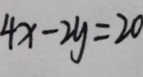
4 x - 2 y = 2 0